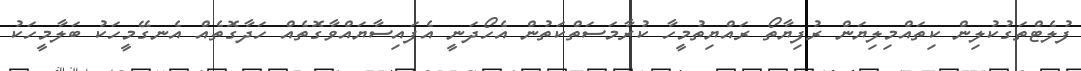
ފުލެޓްތަގުކުލިން ކިތައްމިލިޔަން ރުފިޔާތޯ ރައްޔިތުމީހާ ކުރާމަސަތްކަތުން އެހޯދަނީ އެފައިސާޔައްވާގޮތެއް ހަދާގޮތެއް އެނގޭމީހަކު ބަލާމީހަކު